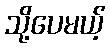
သို့ပေမယ့်